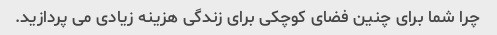
چرا شما برای چنین فضای کوچکی برای زندگی هزینه زیادی می پردازید.